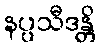
နပ္ပသီဒန္တိ